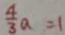
\frac { 4 } { 3 } a = 1